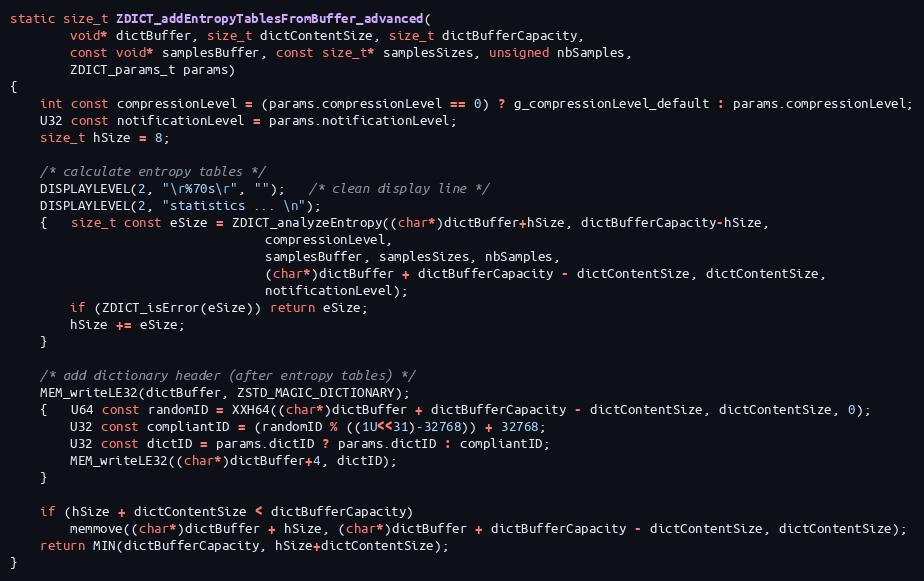
Language: C
static size_t ZDICT_addEntropyTablesFromBuffer_advanced(
        void* dictBuffer, size_t dictContentSize, size_t dictBufferCapacity,
        const void* samplesBuffer, const size_t* samplesSizes, unsigned nbSamples,
        ZDICT_params_t params)
{
    int const compressionLevel = (params.compressionLevel == 0) ? g_compressionLevel_default : params.compressionLevel;
    U32 const notificationLevel = params.notificationLevel;
    size_t hSize = 8;

    /* calculate entropy tables */
    DISPLAYLEVEL(2, "\r%70s\r", "");   /* clean display line */
    DISPLAYLEVEL(2, "statistics ... \n");
    {   size_t const eSize = ZDICT_analyzeEntropy((char*)dictBuffer+hSize, dictBufferCapacity-hSize,
                                  compressionLevel,
                                  samplesBuffer, samplesSizes, nbSamples,
                                  (char*)dictBuffer + dictBufferCapacity - dictContentSize, dictContentSize,
                                  notificationLevel);
        if (ZDICT_isError(eSize)) return eSize;
        hSize += eSize;
    }

    /* add dictionary header (after entropy tables) */
    MEM_writeLE32(dictBuffer, ZSTD_MAGIC_DICTIONARY);
    {   U64 const randomID = XXH64((char*)dictBuffer + dictBufferCapacity - dictContentSize, dictContentSize, 0);
        U32 const compliantID = (randomID % ((1U<<31)-32768)) + 32768;
        U32 const dictID = params.dictID ? params.dictID : compliantID;
        MEM_writeLE32((char*)dictBuffer+4, dictID);
    }

    if (hSize + dictContentSize < dictBufferCapacity)
        memmove((char*)dictBuffer + hSize, (char*)dictBuffer + dictBufferCapacity - dictContentSize, dictContentSize);
    return MIN(dictBufferCapacity, hSize+dictContentSize);
}